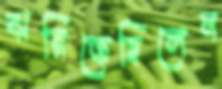
ঝরিতেছিলেন